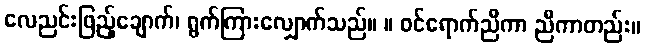
လေညင်းဖြည့်ချောက်၊ ရွက်ကြားလျှောက်သည်။ ။ ဝင်ရောက်ညီကာ ညီကာတည်း။